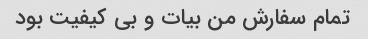
تمام سفارش من بیات و بی کیفیت بود